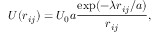
U ( r _ { i j } ) = U _ { 0 } a \frac { \mathrm { e x p } ( - \lambda r _ { i j } / a ) } { r _ { i j } } ,